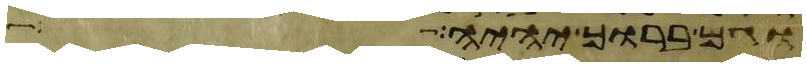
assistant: וגם ברוך יהיה